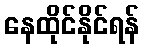
နေထိုင်နိုင်ရန်